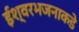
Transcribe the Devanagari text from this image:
ईश्वरभजनाकडे